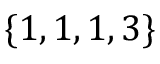
\{ 1 , 1 , 1 , 3 \}